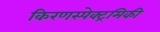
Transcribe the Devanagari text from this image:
किरणस्पेक्ट्रमिकी